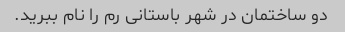
دو ساختمان در شهر باستانی رم را نام ببرید.